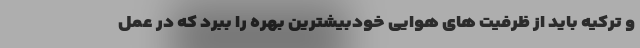
و ترکیه باید از ظرفیت های هوایی خودبیشترین بهره را ببرد که در عمل